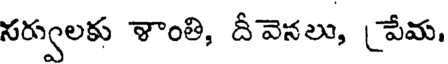
సర్వులకు శాంతి, దీవెనలు, పేమ,